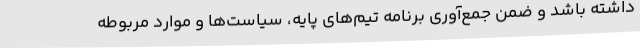
داشته باشد و ضمن جمع‌آوری برنامه تیم‌های پایه، سیاست‌ها و موارد مربوطه